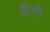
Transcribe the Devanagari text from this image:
ॲन्टी